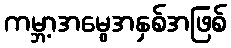
ကမ္ဘာ့အမွေအနှစ်အဖြစ်